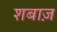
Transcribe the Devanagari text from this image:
शबाज़